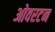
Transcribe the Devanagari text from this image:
ओवरटन